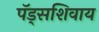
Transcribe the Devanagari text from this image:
पॅड्सशिवाय